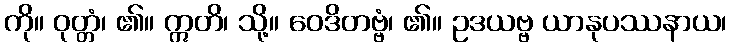
ကို။ ဝုတ္တံ၊ ၏။ ဣတိ၊ သို့။ ဝေဒိတဗ္ဗံ၊ ၏။ ဥဒယဗ္ဗ ယာနုပဿနာယ၊